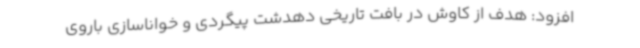
افزود: هدف از کاوش در بافت تاریخی دهدشت پیگردی و خواناسازی باروی